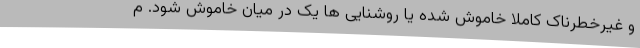
و غیرخطرناک کاملا خاموش شده یا روشنایی ها یک در میان خاموش شود. م